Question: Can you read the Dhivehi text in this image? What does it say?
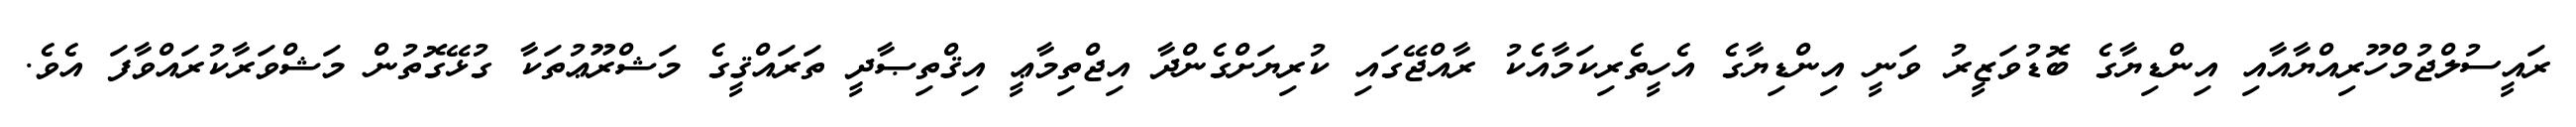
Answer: ރައީސުލްޖުމްހޫރިއްޔާއާއި އިންޑިޔާގެ ބޮޑުވަޒީރު ވަނީ އިންޑިޔާގެ އެހީތެރިކަމާއެކު ރާއްޖޭގައި ކުރިޔަށްގެންދާ އިޖްތިމާޢީ އިޤްތިޞާދީ ތަރައްޤީގެ މަޝްރޫޢުތަކާ ގުޅޭގޮތުން މަޝްވަރާކުރައްވާފަ އެވެ.